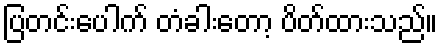
ပြတင်းပေါက် တံခါးတော့ ပိတ်ထားသည်။